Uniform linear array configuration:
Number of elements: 48
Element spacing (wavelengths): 1
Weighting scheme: hann
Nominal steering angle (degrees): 15
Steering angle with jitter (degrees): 15.421
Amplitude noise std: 0.05
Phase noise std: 0.05

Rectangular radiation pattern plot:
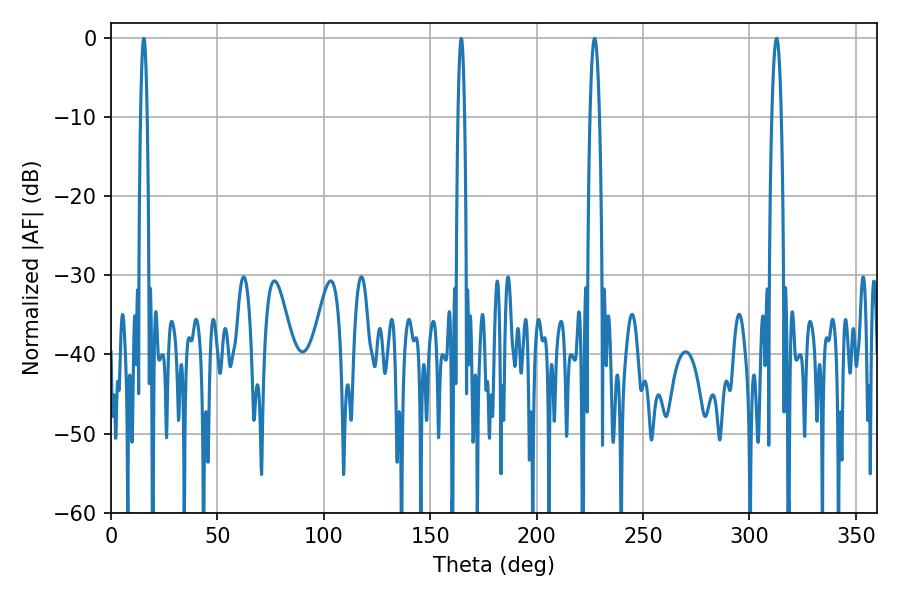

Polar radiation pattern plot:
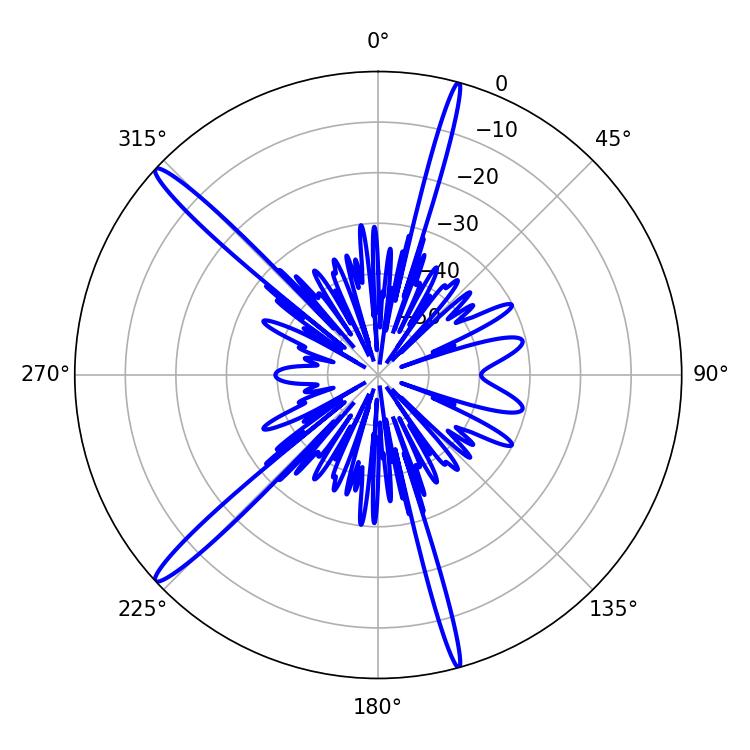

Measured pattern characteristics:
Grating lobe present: TRUE
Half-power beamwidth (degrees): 2.34
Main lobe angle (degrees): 227.16